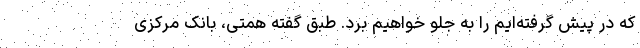
که در پیش گرفته‌ایم را به جلو خواهیم برد. طبق گفته همتی، بانک مرکزی